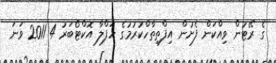
ގެ ރޭޓުން ވިއްކަން ފެށުން އިފްތިތާހްކުރުމުގެ ހަފްލާ އޮކްޓޯބަރު 4 2011 ވަނަ